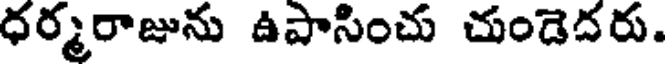
ధర్మరాజును ఉపాసించు చుండెదరు.